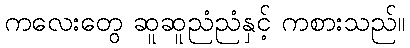
ကလေးတွေ ဆူဆူညံညံနှင့် ကစားသည်။